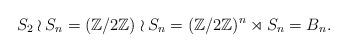
LaTeX: \begin{align*}S_2 \wr S_n = (\mathbb Z/2 \mathbb Z) \wr S_n = (\mathbb Z/2 \mathbb Z)^n \rtimes S_n = B_n.\end{align*}